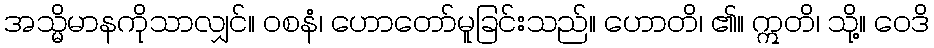
အသ္မိမာနကိုသာလျှင်။ ဝစနံ၊ ဟောတော်မူခြင်းသည်။ ဟောတိ၊ ၏။ ဣတိ၊ သို့။ ဝေဒိ